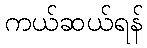
ကယ်ဆယ်ရန်